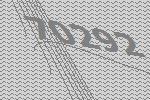
70292